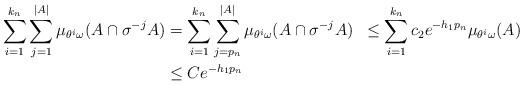
LaTeX: \begin{align*}\sum_{i=1}^{k_n} \sum_{j=1}^{\vert A \vert}\mu_{\theta^i\omega}(A\cap\sigma^{-j}A)&=\sum_{i=1}^{k_n} \sum_{j=p_n}^{\vert A \vert}\mu_{\theta^i\omega}(A\cap\sigma^{-j}A)&\le \sum_{i=1}^{k_n} c_2e^{-h_1 p_n}\mu_{\theta^i\omega}(A) \\&\le Ce^{-h_1 p_n}\end{align*}